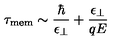
\tau _ { \mathrm { m e m } } \sim { \frac { \hbar } { \epsilon _ { \perp } } } + { \frac { \epsilon _ { \perp } } { q E } }